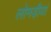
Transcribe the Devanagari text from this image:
लोमड़ीयां